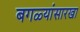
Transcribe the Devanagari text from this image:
बगळ्यांसारखा